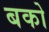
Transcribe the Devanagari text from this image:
बको